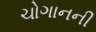
ચોગાનની